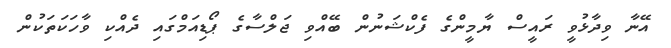
އޭނާ ވިދާޅުވީ ރައީސް ޔާމީންގެ ފެކްޝަނުން ބޭއްވި ޖަލްސާގެ ޕޯޑިއަމްގައި ދެއްކި ވާހަކަތަކުން